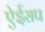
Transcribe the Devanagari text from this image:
ऐईसप